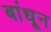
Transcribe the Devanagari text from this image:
बांधू्न